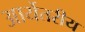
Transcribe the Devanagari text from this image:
आर्येतरीय